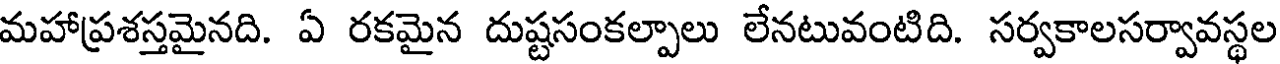
మహాప్రశస్తమైనది. ఏ రకమైన దుష్టసంకల్పాలు లేనటువంటిది. సర్వకాలసర్వావస్థల